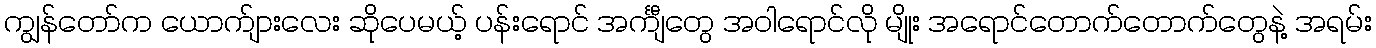
ကျွန်တော်က ယောက်ျားလေး ဆိုပေမယ့် ပန်းရောင် အင်္ကျီတွေ အဝါရောင်လို မျိုး အရောင်တောက်တောက်တွေနဲ့ အရမ်း